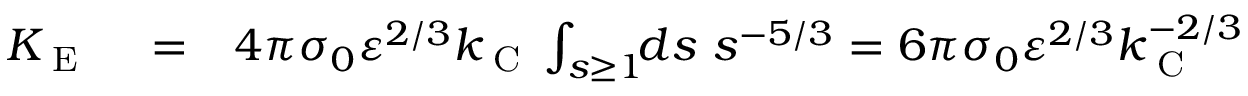
\begin{array} { r l r } { K _ { \textrm { E } } } & { { } = } & { 4 \pi \sigma _ { 0 } \varepsilon ^ { 2 / 3 } k _ { \textrm { C } } \int _ { s \ge 1 } \! \! d s \ s ^ { - 5 / 3 } = 6 \pi \sigma _ { 0 } \varepsilon ^ { 2 / 3 } k _ { \textrm { C } } ^ { - 2 / 3 } } \end{array}